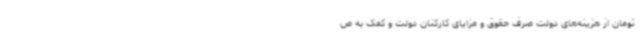
تومان از هزینه‌های دولت صرف حقوق و مزایای کارکنان دولت و کمک به ص